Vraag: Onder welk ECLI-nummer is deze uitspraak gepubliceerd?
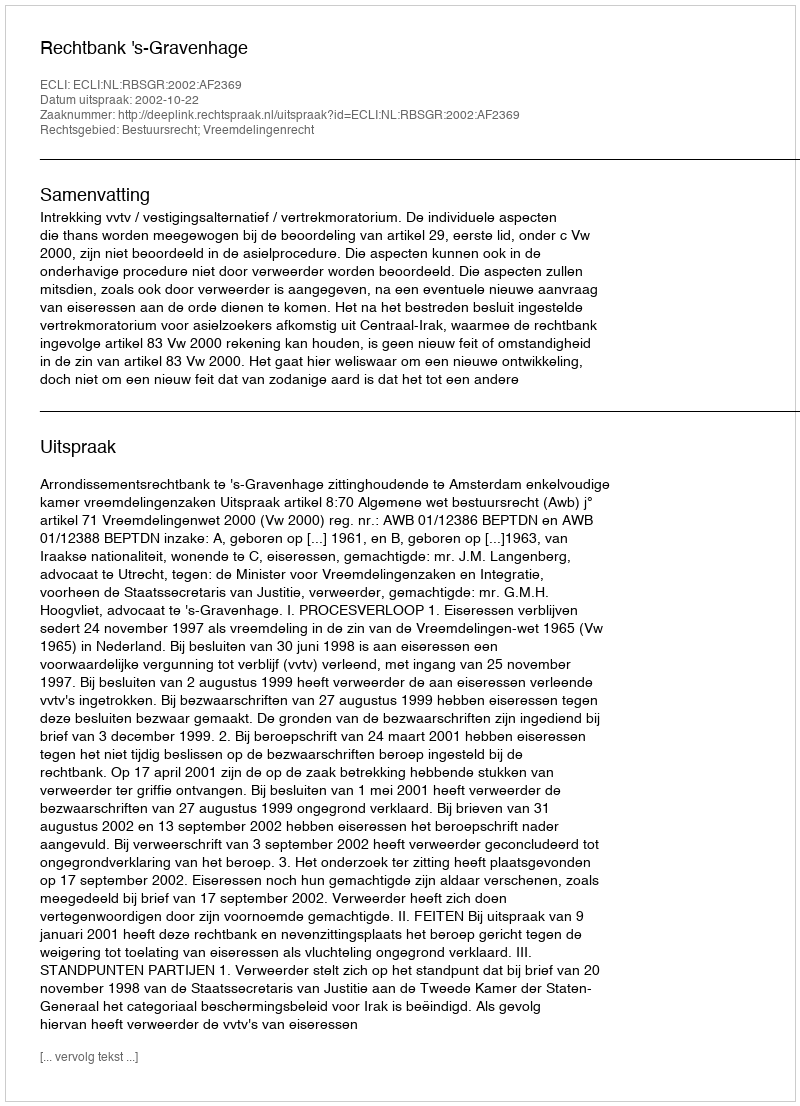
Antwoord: ECLI:NL:RBSGR:2002:AF2369